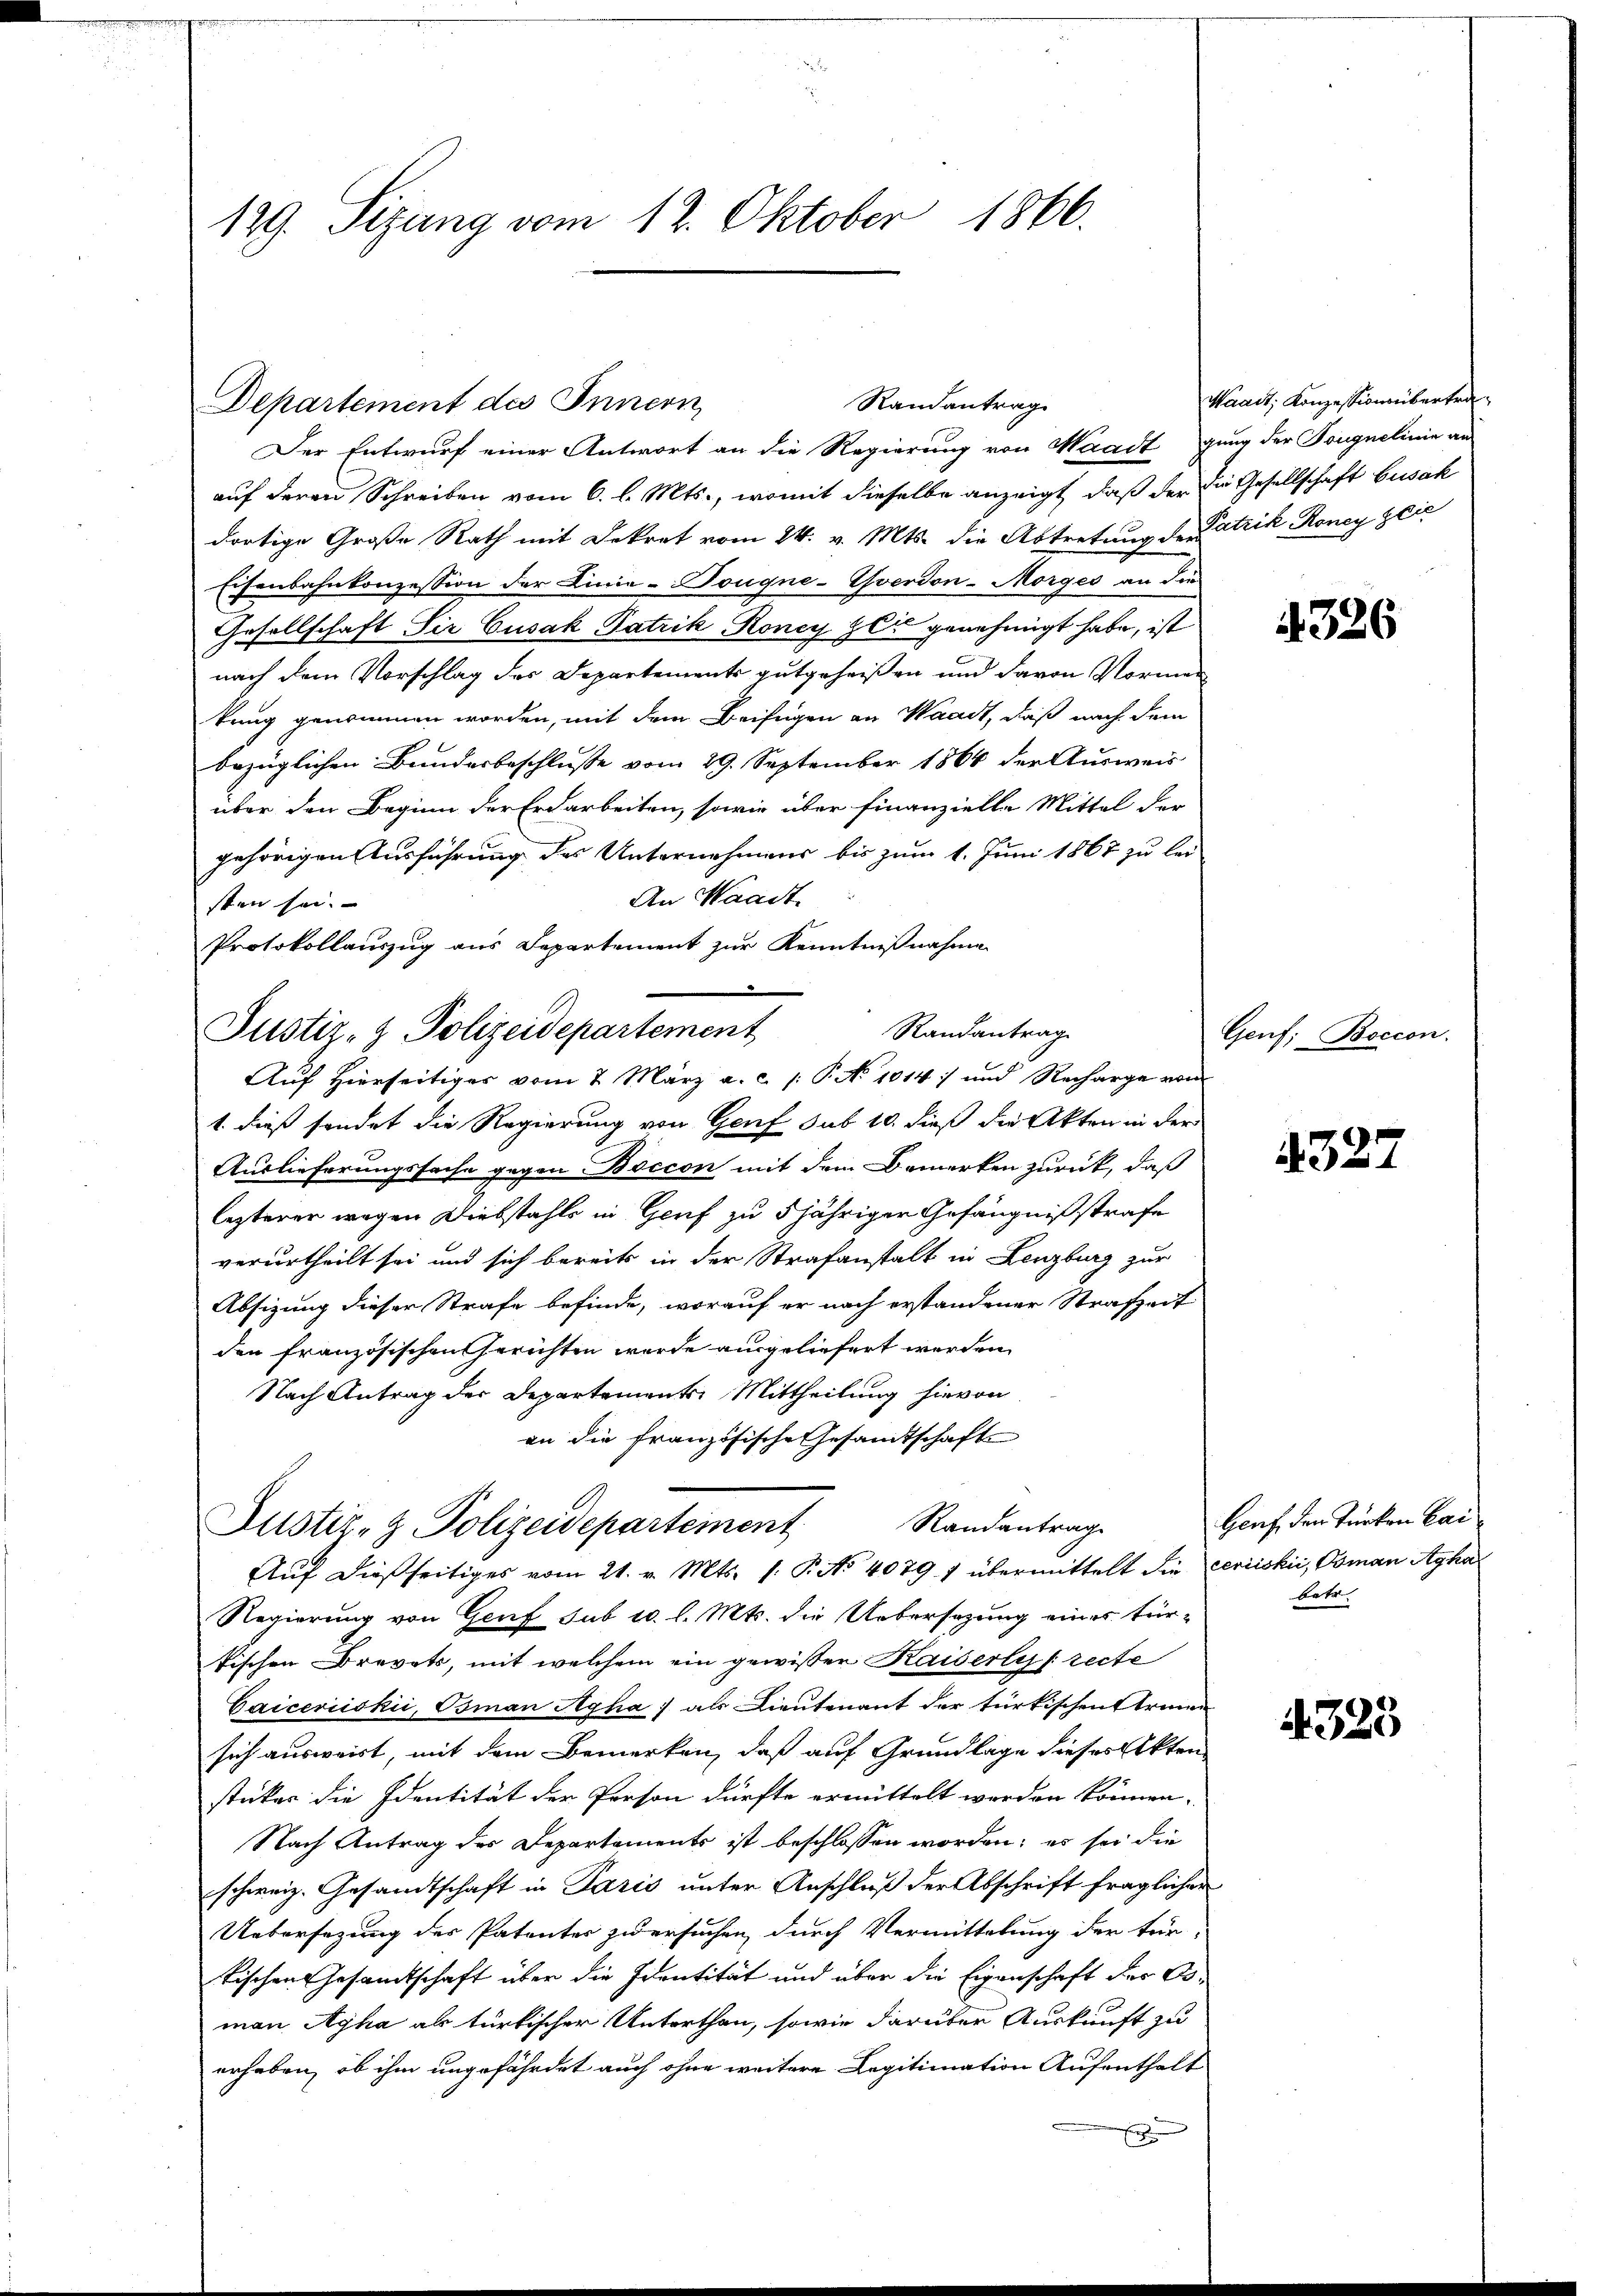
129. Sizung vom 12. Oktober 1866.

Randantrag
Departement des Innern

.
Justiz- & Polizeidepartement
Auf Hierseitiges vom 2. März a.c. /: P. No 1014) und Recharge vom

Der Entwurf einer Antwort an die Regierung von Waadt gung der Tongnelinie an
auf deren Schreiben vom 6. l. Mts., womit dieselbe anzeigt, daß der die Gesellschaft Gusak
dortige Große Rath mit Dekret vom 24. v. Mts. die Abtretung der Patrik Roney Glie
Eisenbahnkonzession der Linie-Tougne-Yverdon-Morges an die
Gesellschaft Sie Cusak Patrik Roney zu genehmigt habe, ist
nach dem Vorschlag des Departements gutgeheißen und davon Norman
tung genommen worden, mit dem Beifügen an Waadt, daß nach dem
bezüglichen Bundesbeschlusse vom 29. September 1866 der Ausweis
über den Beginn der Erdarbeiten, sowie über finanzielle Mittel der
gehörigen Ausführung des Unternehmens bis zum 1. Juni 1867 zu lei-
An Waadt.
sten sei.
Protokollauszug aus Separtement zur Kenntnißnahme
Randantrag
1. dieß sendet die Regierung von Genf sub 10. dieß die Akten in der
Auslieferungssache gegen Boccon mit dem Bemerken zurück, daß
lezterer wegen Diebstahls in Genf zu 5 jähriger Gefängnißstrafe
verurtheilt sei und sich bereits in der Strafanstalt in Lenzburg zur
Absizung dieser Strafe befinde, worauf er nach erstandener Strafzeit
den französischen Gerichten wurde ausgeliefert werden.
Nach Antrag der Departements Mittheilung hievon
an die französische Gesandtschafte
Justiz- & Polizeidepartement Randantrag
Auf dießseitiges vom 21. v. Mts. f. P. No 4079 f übermittelt die ceriiskić, Osman Agha
Regierung von Genf sub 10. l. Mts. die Uebersezung eines türtischen Brevets, mit welchem ein gewisser Kaiserlis [recte
Caiceriiskić, Osman Ayha) als Lieutenant der türkischen Armen
sich ausweist, mit dem Bemerken, daß auf Grundlage dieses Akten
sticker die Identität der Person dürfte ermittelt werden können.
Nach Antrag des Departements ist beschlossen worden; es sei die
schweiz. Gesandtschaft in Paris unter Anschluß der Abschrift fraglicher
Uebersezung der Patenter zu ersuchen, durch Vermittelung der für-
tischen Gesandtschaft über die Identität und über die Eigenschaft der Orman Agha als türkischer Unterthan, sowie darüber Auskunft zu
erheben, ob ihm ungefährdet auch ohne weitere Legitimation Aufenthalt
E

Waadt, Konzession übertra¬

326

Genf; Boccon.

327

Genf den Türken Baibatr

4323